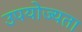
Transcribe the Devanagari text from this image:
उपयोज्यता